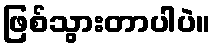
ဖြစ်သွားတာပါပဲ။